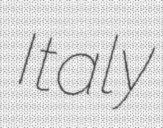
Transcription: Italy